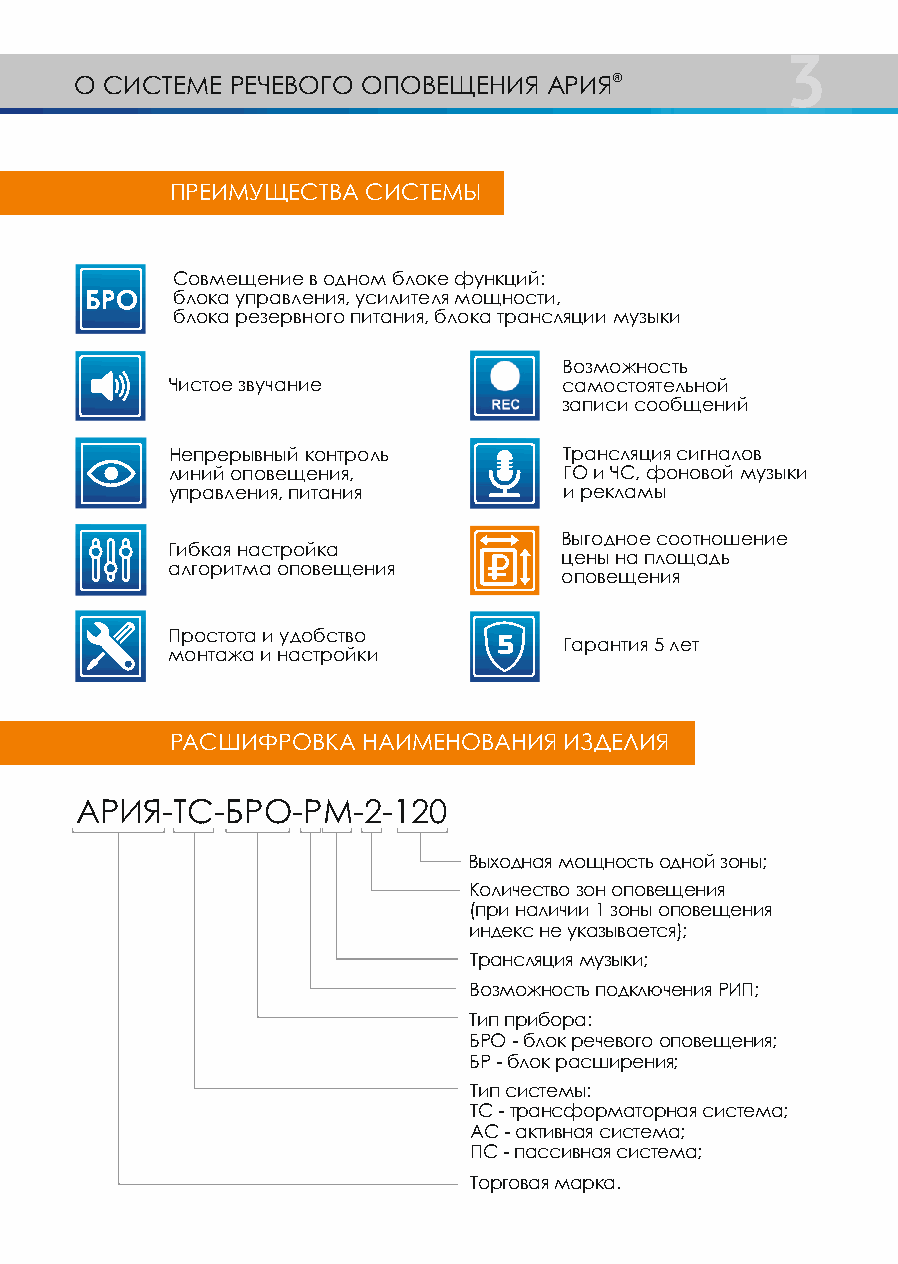
3
 О СИСТЕМЕ РЕЧЕВОГО ОПОВЕЩЕНИЯ  АРИЯ®
 ПРЕИМУЩЕСТВА СИСТЕМЫ
 Совмещение в одном блоке функций:
 блока управления, усилителя мощности,
 блока резервного питания, блока трансляции музыки
 Возможность
 Чистое звучание           самостоятельной
 записи сообщений
 Непрерывный контроль      Трансляция сигналов
 линий оповещения,         ГО и ЧС, фоновой музыки
 управления, питания       и рекламы
 Выгодное соотношение
 Гибкая настройка
 цены на площадь
 алгоритма оповещения
 оповещения
 Простота и удобство
 Гарантия 5 лет
 монтажа и настройки
 РАСШИФРОВКА  НАИМЕНОВАНИЯ ИЗДЕЛИЯ
 АРИЯ-ТС-БРО-РМ-2-120
 Выходная мощность одной зоны;
 Количество зон оповещения
 (при наличии 1 зоны оповещения
 индекс не указывается);
 Трансляция музыки;
 Возможность подключения РИП;
 Тип прибора:
 БРО - блок речевого оповещения;
 БР - блок расширения;
 Тип системы:
 ТС - трансформаторная система;
 АС - активная система;
 ПС - пассивная система;
 Торговая марка.